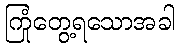
ကြုံတွေ့ရသောအခါ